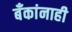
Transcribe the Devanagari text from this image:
बँकांनाही